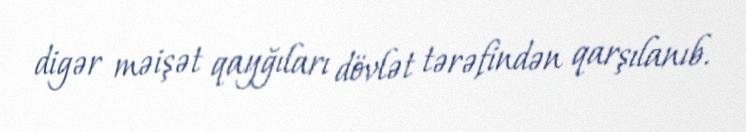
digər məişət qayğıları dövlət tərəfindən qarşılanıb.